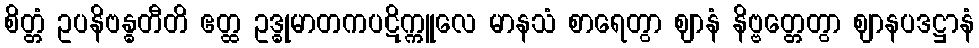
စိတ္တံ ဥပနိဗန္ဓတီတိ ဧတ္ထ ဥဒ္ဓုမာတကပဋိက္ကူလေ မာနသံ စာရေတွာ ဈာနံ နိဗ္ဗတ္တေတွာ ဈာနပဒဋ္ဌာနံ